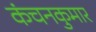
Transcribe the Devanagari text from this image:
कंचनकुमार